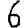
Digit: 6